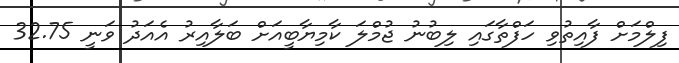
ފިލްމަށް ފާއިތުވި ހަފްތާގައި ލިބުނު ޖުމްލަ ކާމިޔާބީއަށް ބަލާއިރު އެއަދު ވަނީ 32.75